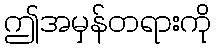
ဤအမှန်တရားကို